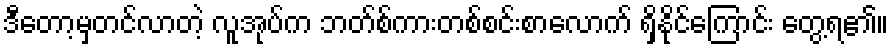
ဒီတော့မှတင်လာတဲ့ လူအုပ်က ဘတ်စ်ကားတစ်စင်းစာလောက် ရှိနိုင်ကြောင်း တွေ့ရ၏။